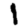
Digit: 1